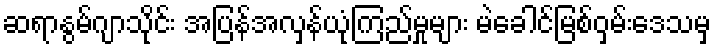
ဆရာနွမ်ဂျာသိုင်း အပြန်အလှန်ယုံကြည်မှုများ မဲခေါင်မြစ်ဝှမ်းဒေသမှ